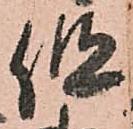
但